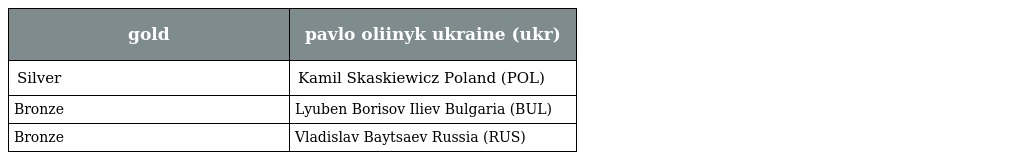
| gold | pavlo oliinyk ukraine (ukr) |
 | --- | --- |
 | Silver | Kamil Skaskiewicz Poland (POL) |
 | Bronze | Lyuben Borisov Iliev Bulgaria (BUL) |
 | Bronze | Vladislav Baytsaev Russia (RUS) |